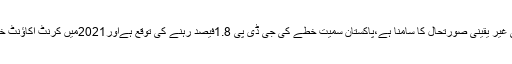
میڈیا رپورٹس کے مطابق آئی ایم ایف کے ترجمان کا کہناہے کہ کورونا وائرس کی وبا کے باعث معاشی غیر یقینی صورتحال کا سامنا ہے،پاکستان سمیت خطے کی جی ڈی پی 1.8فیصد رہنے کی توقع ہےاور2021میں کرنٹ اکاؤنٹ خسارہ منفی 4.6فیصد تک پہنچ سکتا ہے، 2021میں مہنگائی کی شرح 9.8فیصد تک رہنے کی توقع ہے۔